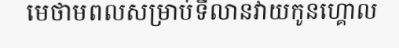
មេថាមពលសម្រាប់ទីលានវាយកូនហ្គោល